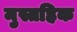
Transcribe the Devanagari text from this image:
मुस्तहिक